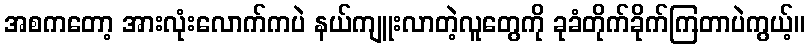
အစကတော့ အားလုံးလောက်ကပဲ နယ်ကျူးလာတဲ့လူတွေကို ခုခံတိုက်ခိုက်ကြတာပဲကွယ့်။